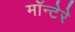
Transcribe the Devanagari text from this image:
मॉन्टेरे